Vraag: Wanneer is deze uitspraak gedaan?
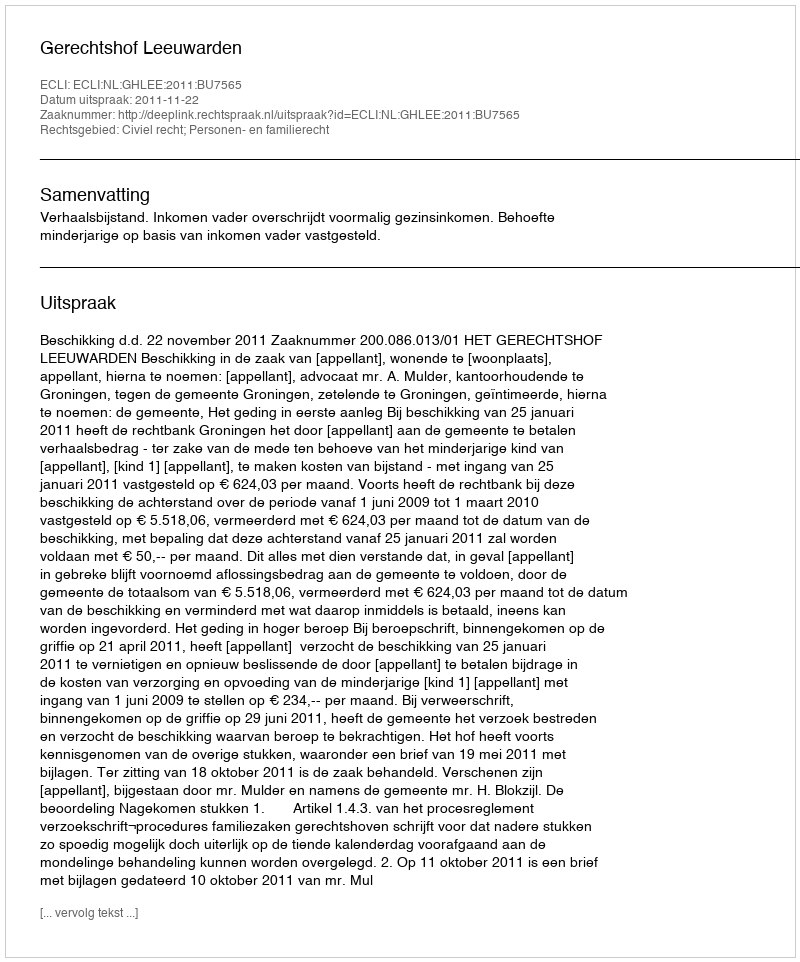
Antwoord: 2011-11-22